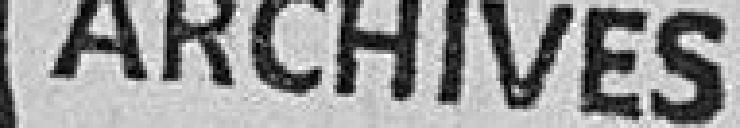
ARCHIVES